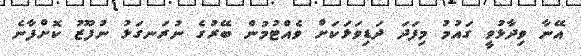
އޭނާ ވިދާޅުވީ ގައުމު މިފަދަ ދަޑިވަޅަކަށް ވެއްޓުމުން ބޭރުގެ ނުރަނގަޅު ނުފޫޒު ކޮށްފާނެ